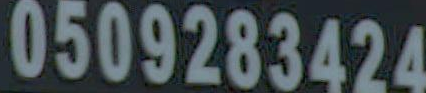
0509283424